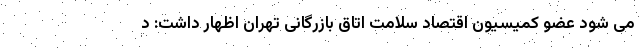
می شود عضو کمیسیون اقتصاد سلامت اتاق بازرگانی تهران اظهار داشت: د